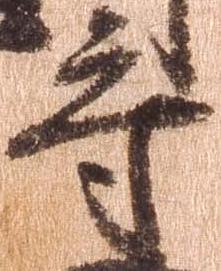
守